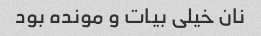
نان خیلی بیات و مونده بود